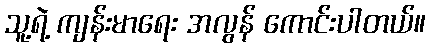
သူ့ရဲ့ ကျန်းမာရေး အလွန် ကောင်းပါတယ်။